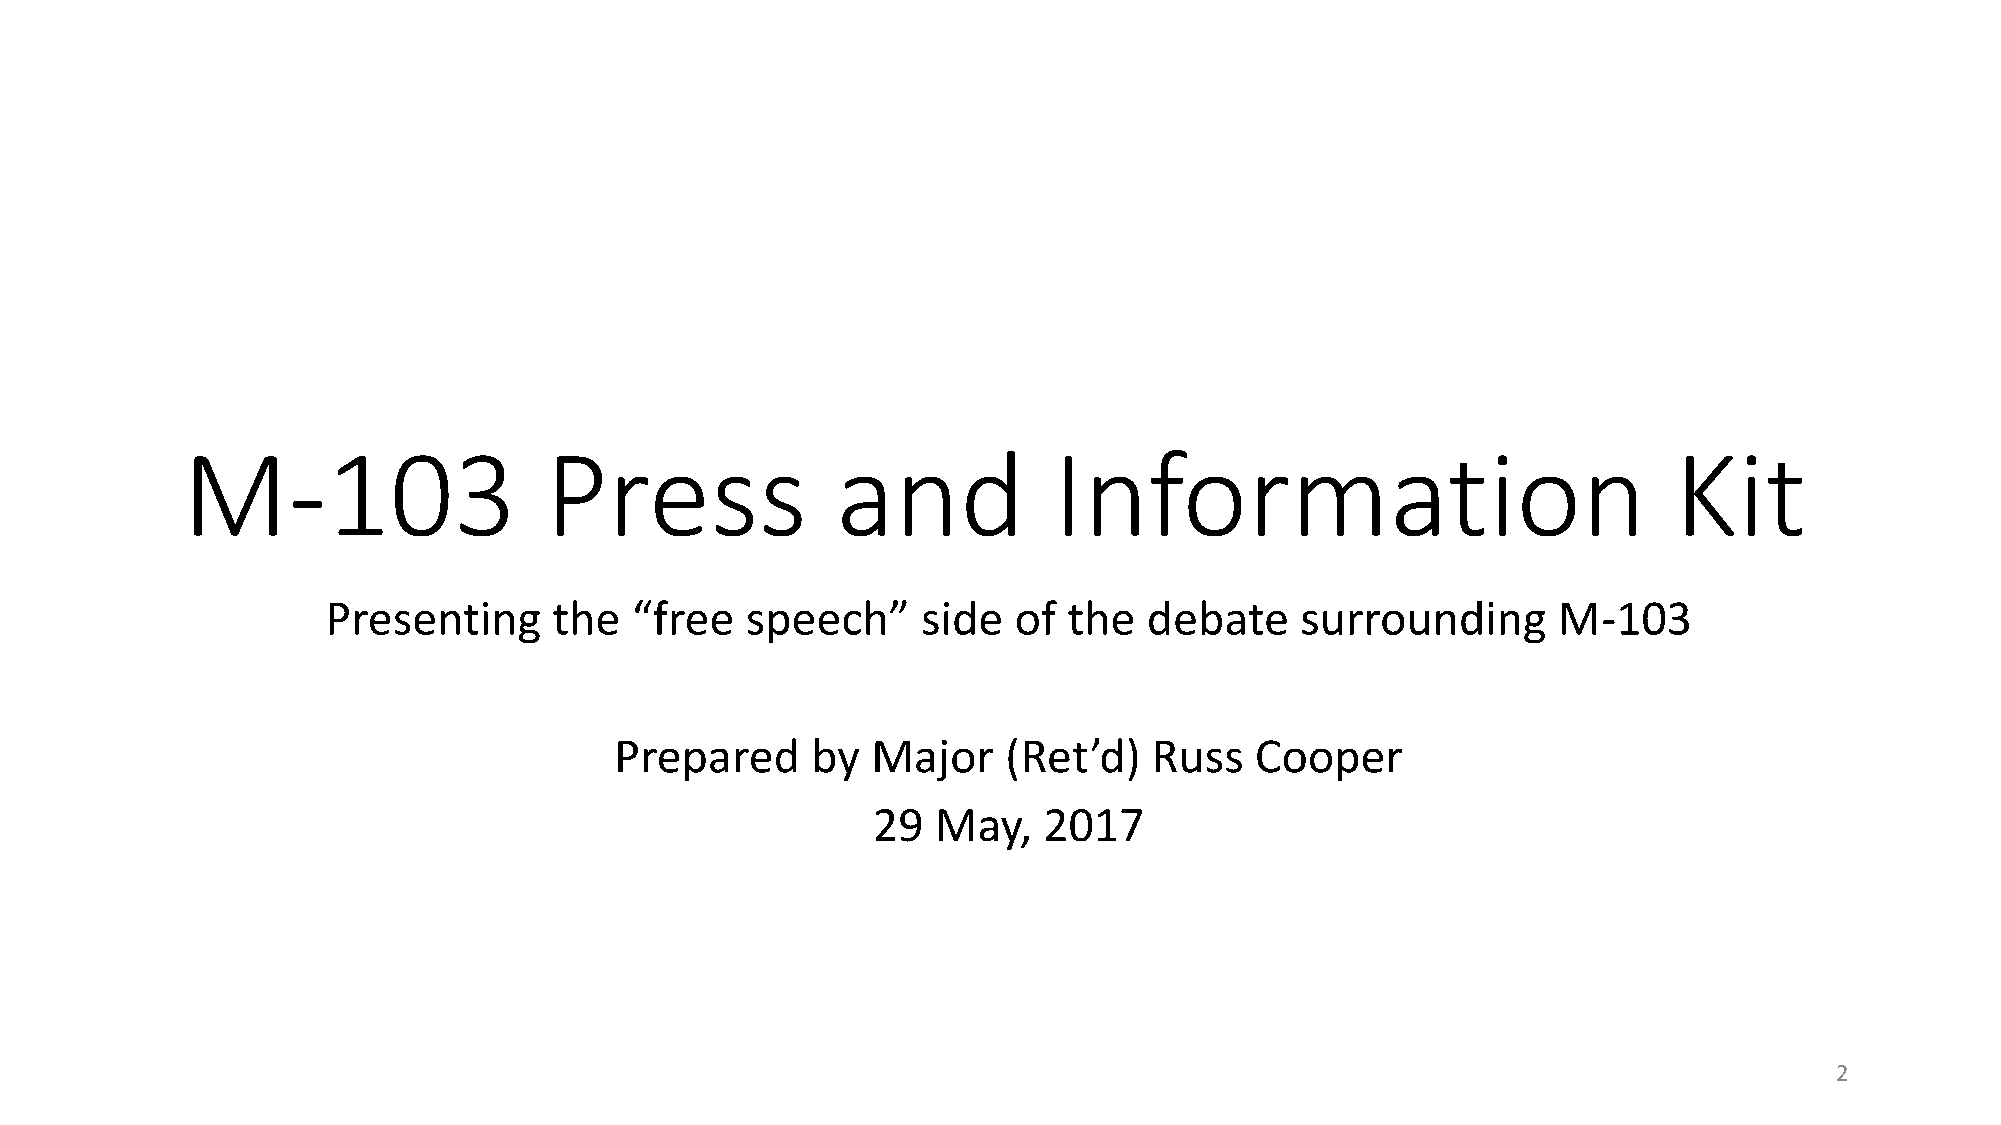
M-103                   Press              and            Information                              Kit
 Presenting     the  “free  speech”     side  of  the  debate    surrounding      M-103
 Prepared     by  Major    (Ret’d)  Russ   Cooper
 29  May,   2017
 2